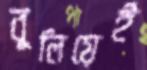
বুলিয়েই